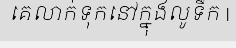
គេលាក់ទុកនៅក្នុងលូទឹក |